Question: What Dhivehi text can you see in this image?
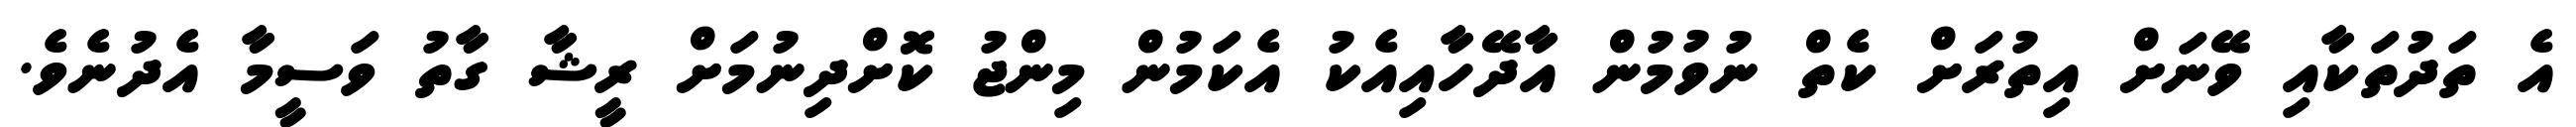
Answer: އެ ތަދުތަކާއި ވޭނަށް އިތުރަށް ކެތް ނުވުމުން އާދޭހާއިއެކު އެކަމުން މިންޖު ކޮށްދިނުމަށް ރީޝާ ގާތު ވަސީމާ އެދުނެވެ.